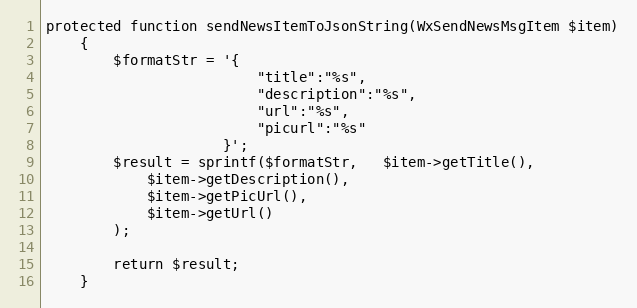
Language: PHP
protected function sendNewsItemToJsonString(WxSendNewsMsgItem $item)
    {
        $formatStr = '{
                         "title":"%s",
                         "description":"%s",
                         "url":"%s",
                         "picurl":"%s"
                     }';
        $result = sprintf($formatStr,   $item->getTitle(),
            $item->getDescription(),
            $item->getPicUrl(),
            $item->getUrl()
        );

        return $result;
    }